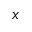
x